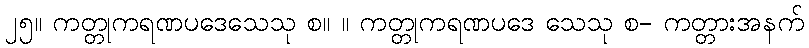
၂၅။ ကတ္တုကရဏပဒေသေသု စ။ ။ ကတ္တုကရဏပဒေ သေသု စ- ကတ္တားအနက်